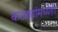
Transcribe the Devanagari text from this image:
कठड्यांमध्येही